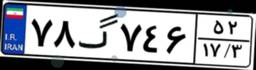
۵۵گ۷۹۵۳۸